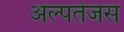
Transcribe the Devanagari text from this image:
अल्पतेजस